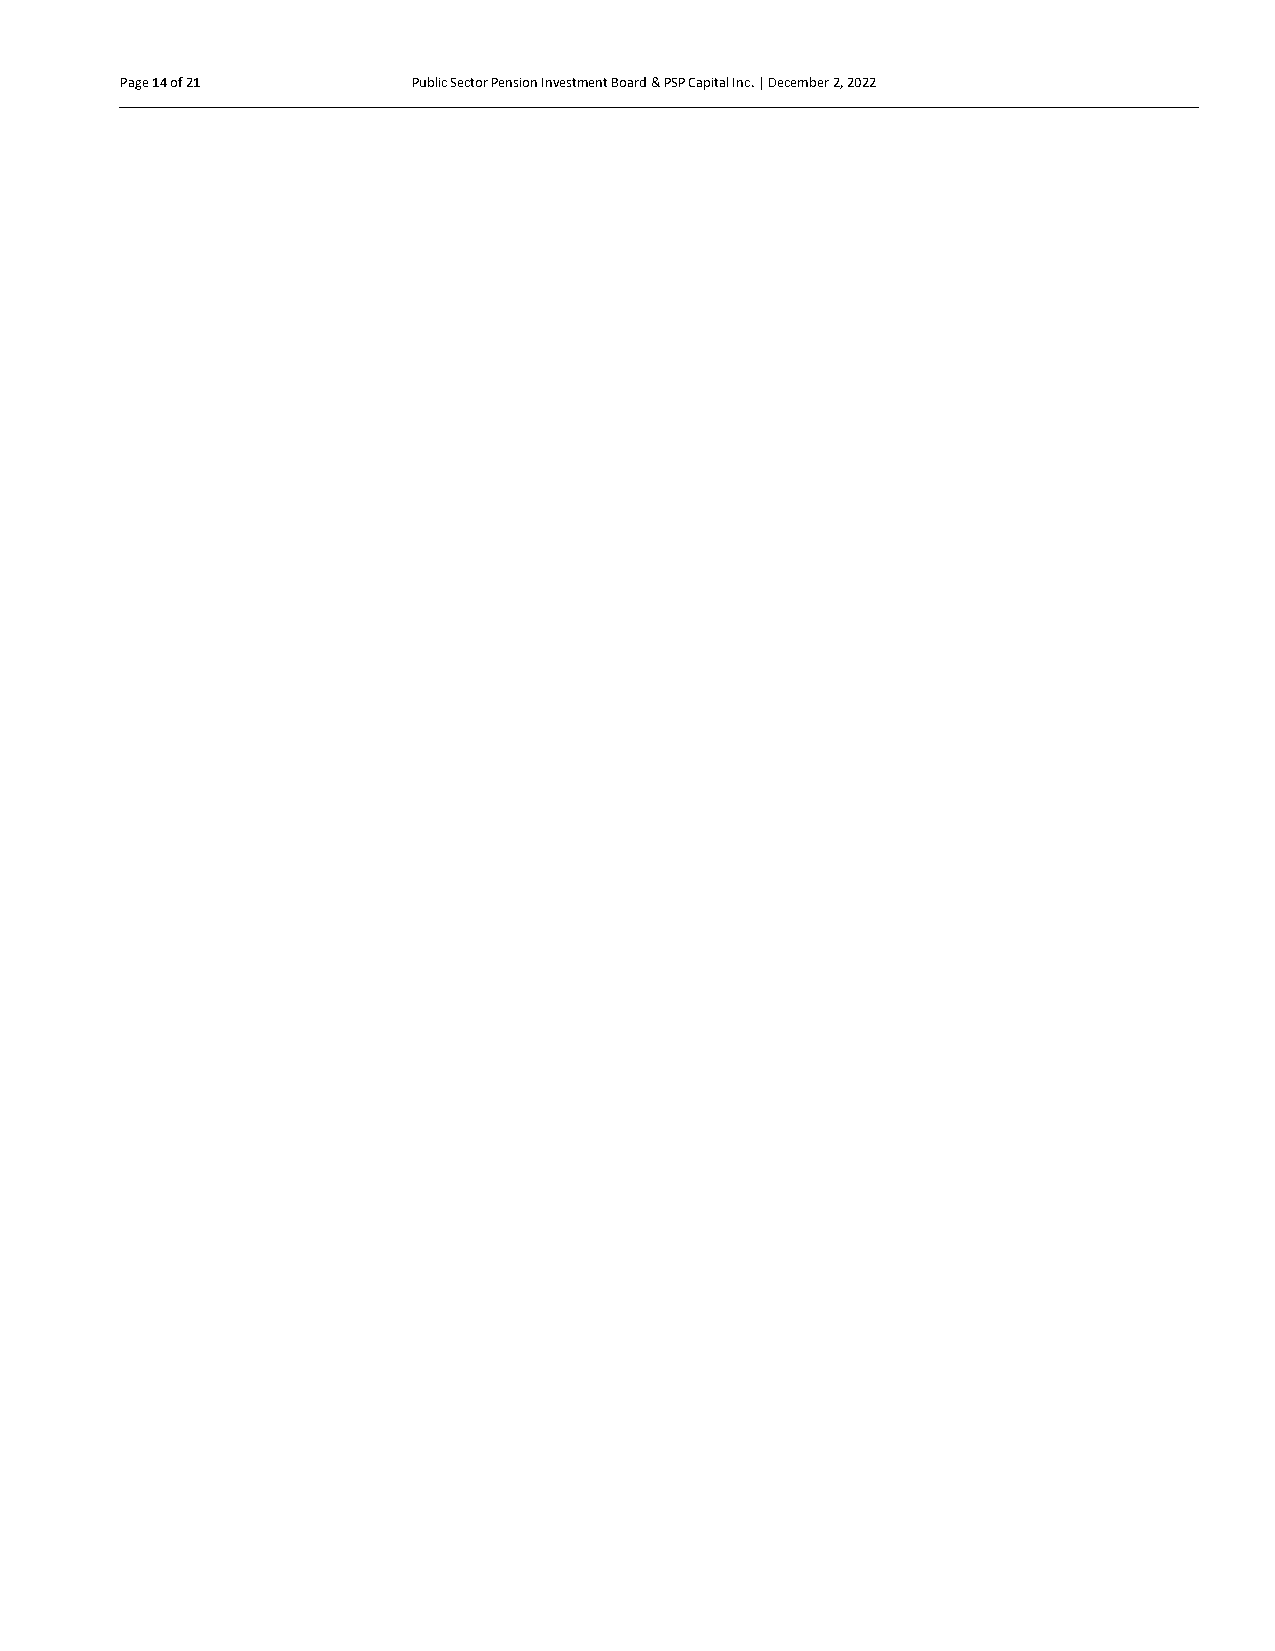
Page 14 of 21      Public Sector Pension Investment Board & PSP Capital Inc. | December 2, 2022
 Page 14 of 21
 Page 14 of 21
 Page 14 of 21
 Page 14 of 21
 Page 14 of 21
 Page 14 of 21
 Page 14 of 21